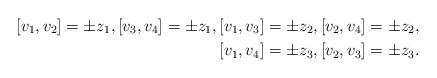
LaTeX: \begin{align*} [v_1, v_2] = \pm z_1, [v_3, v_4] = \pm z_1, [v_1, v_3]= \pm z_2, [v_2, v_4] = \pm z_2, \\ [v_1, v_4]= \pm z_3, [v_2, v_3] = \pm z_3.\end{align*}